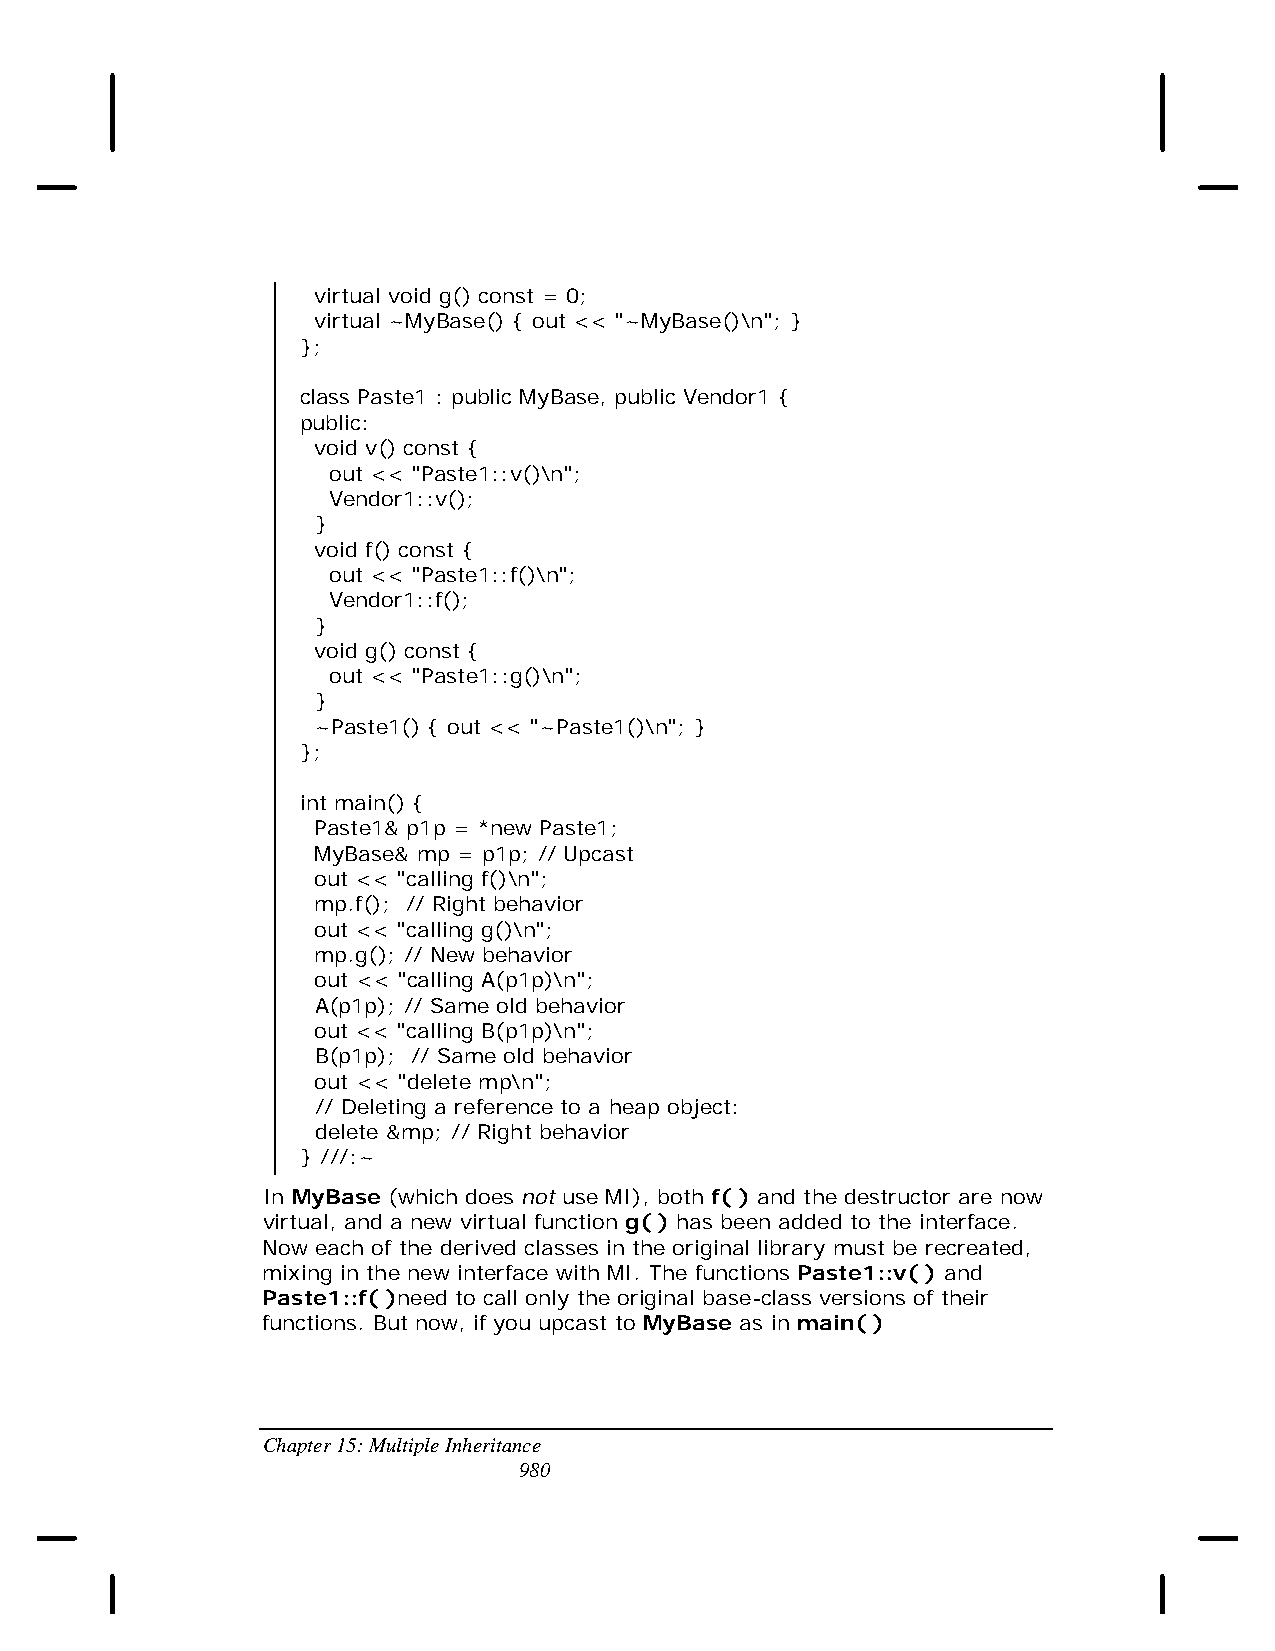
virtual void g() const = 0;
 virtual ~MyBase() { out << "~MyBase()\n"; }
 };
 class Paste1 : public MyBase, public Vendor1 {
 public:
 void v() const {
 out << "Paste1::v()\n";
 Vendor1::v();
 }
 void f() const {
 out << "Paste1::f()\n";
 Vendor1::f();
 }
 void g() const {
 out << "Paste1::g()\n";
 }
 ~Paste1() { out << "~Paste1()\n"; }
 };
 int main() {
 Paste1& p1p = *new Paste1;
 MyBase& mp = p1p; // Upcast
 out << "calling f()\n";
 mp.f(); // Right behavior
 out << "calling g()\n";
 mp.g(); // New behavior
 out << "calling A(p1p)\n";
 A(p1p); // Same old behavior
 out << "calling B(p1p)\n";
 B(p1p); // Same old behavior
 out << "delete mp\n";
 // Deleting a reference to a heap object:
 delete &mp; // Right behavior
 } ///:~
 In MyBase (which does not use MI), both f( ) and the destructor are now
 virtual, and a new virtual function g( ) has been added to the interface.
 Now each of the derived classes in the original library must be recreated,
 mixing in the new interface with MI. The functions Paste1::v( ) and
 Paste1::f( )need to call only the original base-class versions of their
 functions. But now, if you upcast to MyBase as in main( )
 Chapter 15: Multiple Inheritance
 980